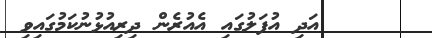
٢٧     އަދި އުފަލުގައި އެއުރެން ދިރިއުޅުނުކަމުގައިވި